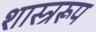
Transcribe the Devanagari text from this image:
शास्त्ररूप